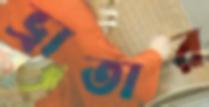
ভ্রাতার